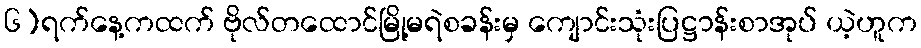
၆)ရက်နေ့ကထက် ဗိုလ်တထောင်မြို့မရဲစခန်းမှ ကျောင်းသုံးပြဋ္ဌာန်းစာအုပ် ယဲ့ဟူက